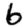
Digit: 6